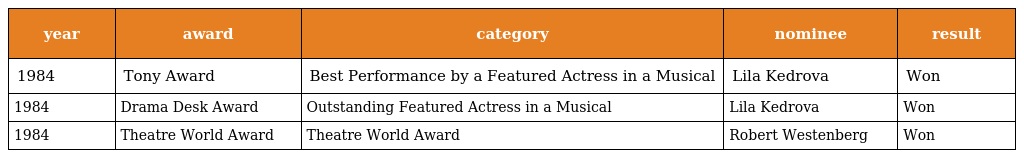
| year | award | category | nominee | result |
 | --- | --- | --- | --- | --- |
 | 1984 | Tony Award | Best Performance by a Featured Actress in a Musical | Lila Kedrova | Won |
 | 1984 | Drama Desk Award | Outstanding Featured Actress in a Musical | Lila Kedrova | Won |
 | 1984 | Theatre World Award | Theatre World Award | Robert Westenberg | Won |